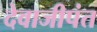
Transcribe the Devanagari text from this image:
देवाजीपंत